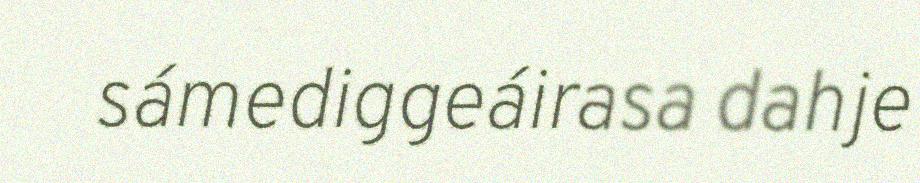
sámediggeáirasa dahje